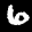
Label: 6